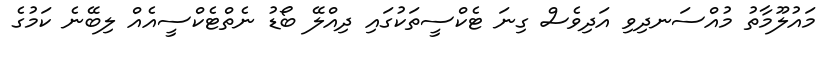
މައުލޫމާތު މުއްސަނދިވި އަދިވެސް ގިނަ ޓެކްސީތަކުގައި ދިއްލޭ ބޯޑު ނެތްޓެކްސީއެއް ލިބޭނެ ކަމުގެ